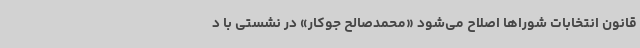
قانون انتخابات شوراها اصلاح می‌شود «محمدصالح جوکار» در نشستی با د